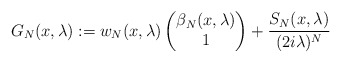
\begin{align*}G_N(x,\lambda):= w_N(x,\lambda) \begin{pmatrix}\beta_N(x,\lambda) \\1\end{pmatrix} + \frac{S_N(x,\lambda)}{(2i\lambda)^N}\end{align*}